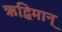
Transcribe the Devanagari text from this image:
ऋद्धिमान्‌